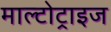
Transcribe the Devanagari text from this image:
माल्टोट्राइज